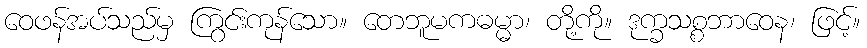
ဝေဖန်အပ်သည်မှ ကြွင်းကုန်သော။ တေဘူမကဓမ္မာ၊ တို့ကို။ ဒုက္ခသစ္စဘာဝေန၊ ဖြင့်။